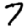
Digit: 7